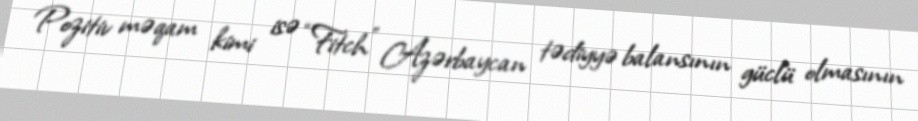
Pozitiv məqam kimi isə “Fitch” Azərbaycan tədiyyə balansının güclü olmasının